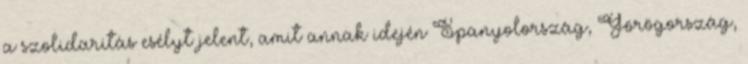
a szolidaritás esélyt jelent, amit annak idején Spanyolország, Görögország,